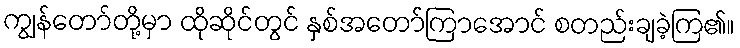
ကျွန်တော်တို့မှာ ထိုဆိုင်တွင် နှစ်အတော်ကြာအောင် စတည်းချခဲ့ကြ၏။